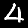
Label: 4